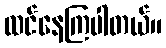
ထင်နေကြပါတယ်။